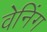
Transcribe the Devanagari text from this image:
वेनिंग